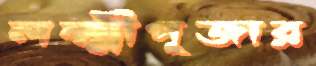
লক্ষ্মীপূজার